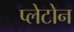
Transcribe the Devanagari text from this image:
प्लेटोन